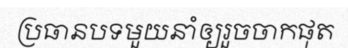
ប្រធានបទមួយនាំឲ្យរួចចាកផុត